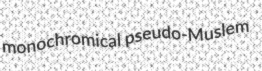
monochromical pseudo-Muslem